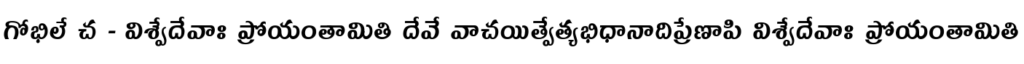
గోభిలే చ - విశ్వేదేవాః ప్రోయంతామితి దేవే వాచయిత్వేత్యభిధానాదిప్రేణాపి విశ్వేదేవాః ప్రోయంతామితి